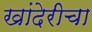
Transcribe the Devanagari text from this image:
खांदेरीचा